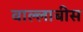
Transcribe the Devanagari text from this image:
वाल्लाबीस